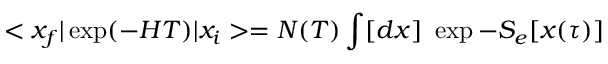
< x _ { f } \vert \exp ( - H T ) \vert x _ { i } > = N ( T ) \int [ d x ] \ \exp - S _ { e } [ x ( \tau ) ]